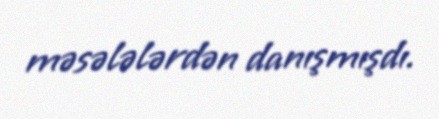
məsələlərdən danışmışdı.